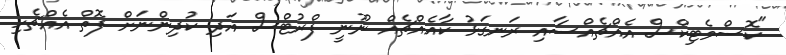
"ކޮސްމެޓިކްސް އެއްޗެއްސާއި ރަނގަޅު ކާއެއްޗެއް ނޫނީ ފްރުޓްސް އަދި ކުދިންނަށް ފޮތް އެއްޗެހި